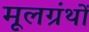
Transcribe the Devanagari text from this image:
मूलग्रंथों